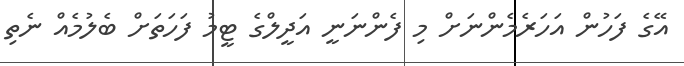
އޭގެ ފަހުން އަހަރެމެންނަށް މި ފެންނަނީ އަދީލްގެ ޓީމު ފަހަތަށް ބެލުމެއް ނެތި